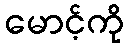
မောင့်ကို